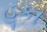
હૂકા